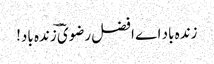
زندہ باد اے افضل رضویؔ ؔزندہ باد!